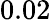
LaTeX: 0.02